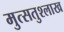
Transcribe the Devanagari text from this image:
मुत्सतुश्लाख